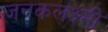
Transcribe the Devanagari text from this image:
जनकलक्ष्मी